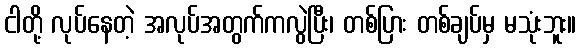
ငါတို့ လုပ်နေတဲ့ အလုပ်အတွက်ကလွဲပြီး၊ တစ်ပြား တစ်ချပ်မှ မသုံးဘူး။